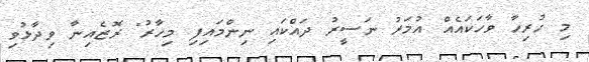
މި ހުރިހާ ވާހަކައެއް އުމަރު ނަސީރު ދައްކައި ނިންމައިފި މިހާރު" ރޮޒެއިނާ ވިދާޅުވި